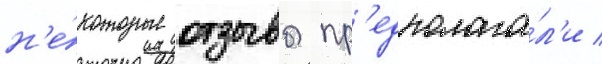
н'е́которые отзывы пр'едполага́л'и /